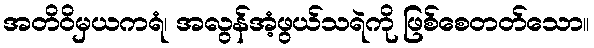
အတိဝိမှယကရံ၊ အလွန်အံ့ဖွယ်သရဲကို ဖြစ်စေတတ်သော။